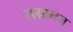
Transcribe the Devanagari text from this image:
लग्रानज